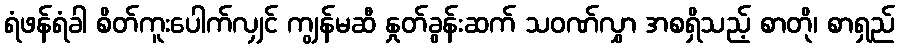
ရံဖန်ရံခါ စိတ်ကူးပေါက်လျှင် ကျွန်မဆီ နှုတ်ခွန်းဆက် သဝဏ်လွှာ အစရှိသည့် စာတို၊ စာရှည်